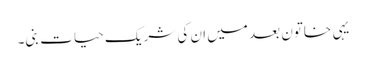
یہی خاتون بعد میں ان کی شریک حیات بنی۔